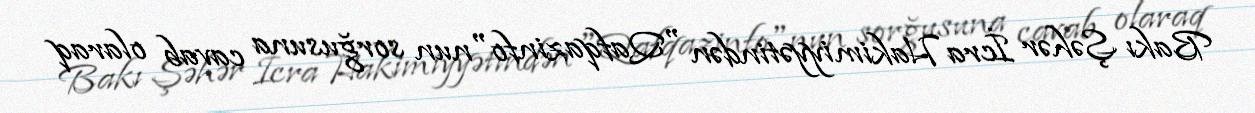
Bakı Şəhər İcra Hakimiyyətindən "Qafqazinfo"nun sorğusuna cavab olaraq